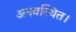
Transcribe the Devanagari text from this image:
अनवस्थित।